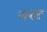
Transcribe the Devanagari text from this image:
यस्ट